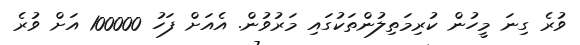
ވުރެ ގިނަ މީހުން ކުރިމަތިލުންތަކުގައި މަރުވުން. އެއަށް ފަހު 100000 އަށް ވުރެ